Epidemic dropsy in Calcutta - Number 49
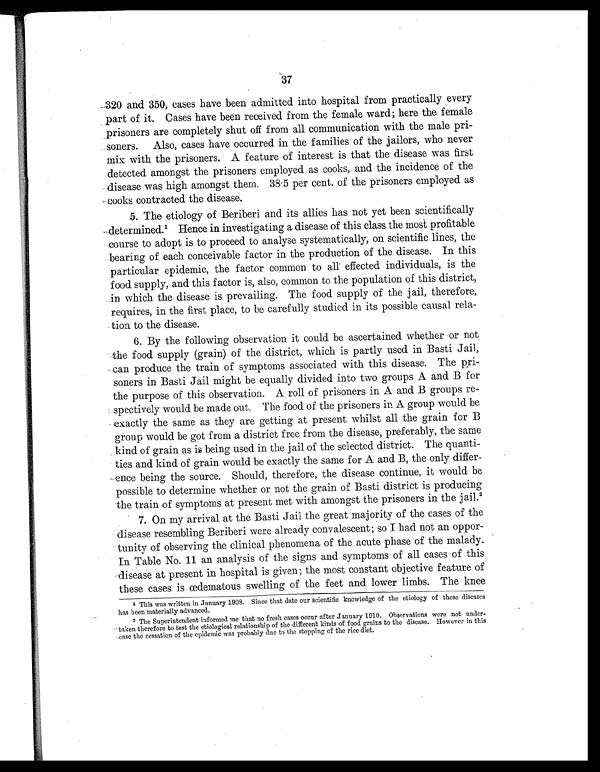
37
320 and 350, cases have been admitted into hospital from practically every
part of it. Cases have been received from the female ward; here the female
prisoners are completely shut off from all communication with the male pri-
soners. Also, cases have occurred in the families of the jailors, who never
mix with the prisoners. A feature of interest is that the disease was first
detected amongst the prisoners employed as cooks, and the incidence of the
disease was high amongst them. 38.5 per cent. of the prisoners employed as
cooks contracted the disease.
5. The etiology of Beriberi and its allies has not yet been scientifically
determined.1 Hence in investigating a disease of this class the most profitable
course to adopt is to proceed to analyse systematically, on scientific lines, the
bearing of each conceivable factor in the production of the disease. In this
particular epidemic, the factor common to all effected individuals, is the
food supply, and this factor is, also, common to the population of this district,
in which the disease is prevailing. The food supply of the jail, therefore,
requires, in the first place, to be carefully studied in its possible causal rela-
tion to the disease.
6. By the following observation it could be ascertained whether or not
the food supply (grain) of the district, which is partly used in Basti Jail,
can produce the train of symptoms associated with this disease. The pri-
soners in Basti Jail might be equally divided into two groups A and B for
the purpose of this observation. A roll of prisoners in A and B groups re-
spectively would be made out. The food of the prisoners in A group would be
exactly the same as they are getting at present whilst all the grain for B
group would be got from a district free from the disease, preferably, the same
kind of grain as is being used in the jail of the selected district. The quanti-
ties and kind of grain would be exactly the same for A and B, the only differ-
ence being the source. Should, therefore, the disease continue, it would be
possible to determine whether or not the grain of Basti district is producing
the train of symptoms at present met with amongst the prisoners in the jail. 2
7. On my arrival at the Basti Jail the great majority of the cases of the
disease resembling Beriberi were already convalescent; so I had not an oppor-
tunity of observing the clinical phenomena of the acute phase of the malady.
In Table No. 11 an analysis of the signs and symptoms of all cases of this
disease at present in hospital is given; the most constant objective feature of
these cases is œdematous swelling of the feet and lower limbs. The knee
1
This was written in January 1908. Since that date our scientific knowledge of the etiology of these diseases
has been materially advanced.
2 The Superintendent informed me that no fresh cases occur after January 1910. Observations were not under-
taken therefore to test the etiological relationship of the different kinds of food grains to the disease. However in this
case the cessation of the epidemic was probably due to the stopping of the rice diet.